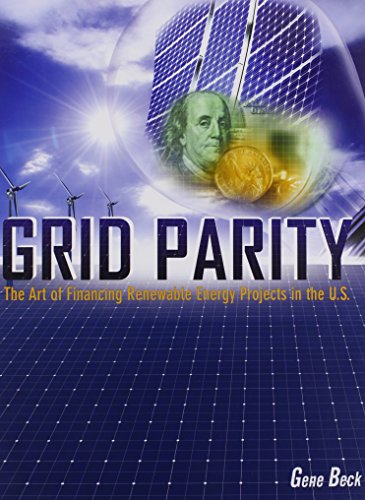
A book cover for Grid Parity: The Art of Financing Renewable Energy Projects in the U.S.; Gene Beck; Business & Money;